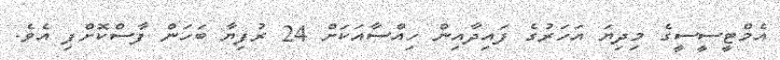
އެމްޓީސީސީގެ މިދިޔަ އަހަރުގެ ފައިދާއިން ހިއްސާއަކަށް 24 ރުފިޔާ ބަހަން ފާސްކޮށްފި އެވެ.